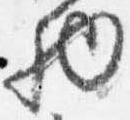
物